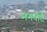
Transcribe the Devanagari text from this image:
मगवौर्ट